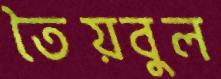
তৈয়বুল